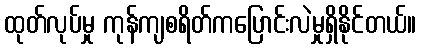
ထုတ်လုပ်မှု ကုန်ကျစရိတ်ကပြောင်းလဲမှုရှိနိုင်တယ်။